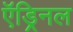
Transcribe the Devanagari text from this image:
ऍड्रिनल